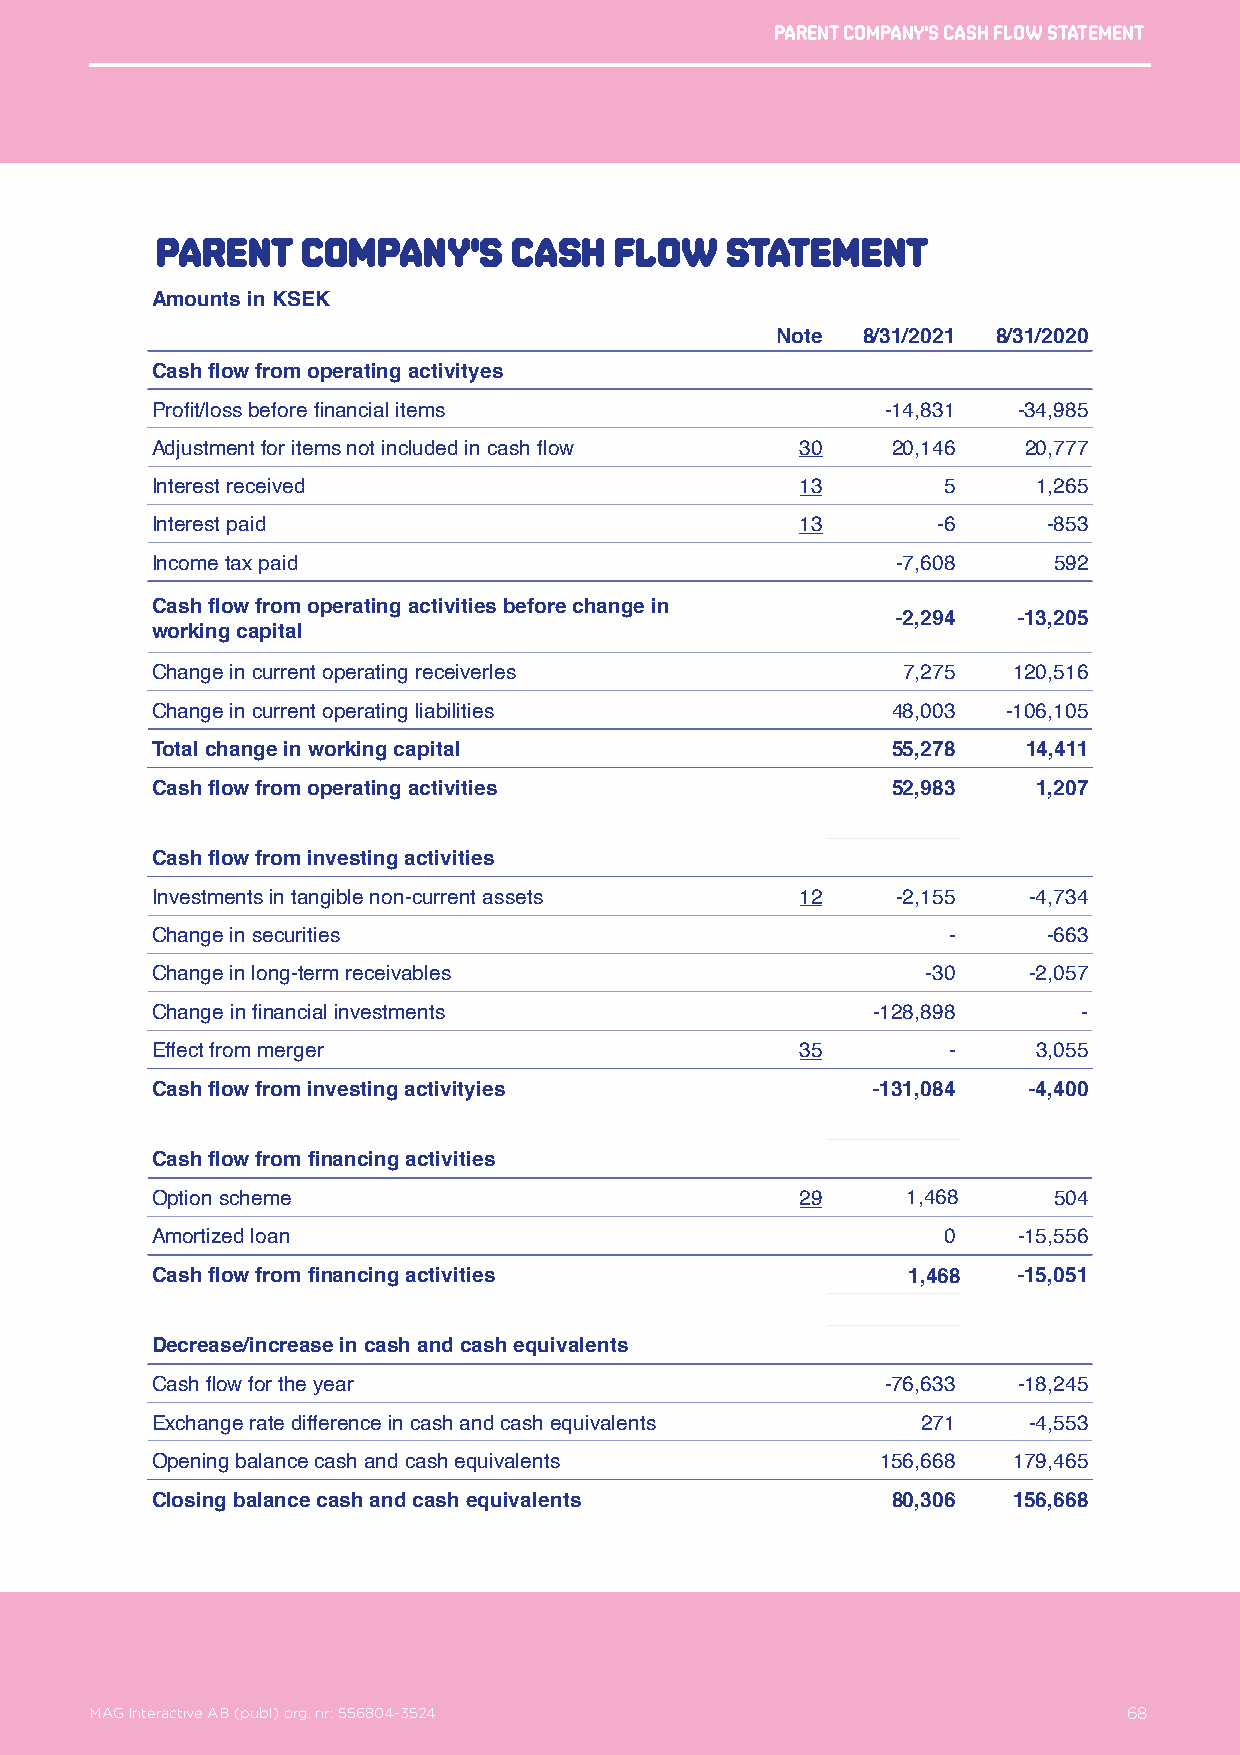
Parent company's cash flow statement
 Parent    company's     cash   flow   statement
 Amounts in KSEK
 Note  8/31/2021 8/31/2020
 Cash flow from operating activityes
 Profit/loss before financial items               -14,831 -34,985
 Adjustment for items not included in cash flow 30 20,146  20,777
 Interest received                          13       5      1,265
 Interest paid                              13       -6     -853
 Income tax paid                                  -7,608     592
 Cash flow from operating activities before change in
 -2,294  -13,205
 working capital
 Change in current operating receiverles           7,275  120,516
 Change in current operating liabilities          48,003  -106,105
 Total change in working capital                  55,278   14,411
 Cash flow from operating activities              52,983    1,207
 Cash flow from investing activities
 Investments in tangible non-current assets 12    -2,155   -4,734
 Change in securities                                 -     -663
 Change in long-term receivables                    -30    -2,057
 Change in financial investments                 -128,898      -
 Effect from merger                         35        -     3,055
 Cash flow from investing activityies            -131,084  -4,400
 Cash flow from financing activities
 Option scheme                              29     1,468     504
 Amortized loan                                      0    -15,556
 Cash flow from financing activities               1,468  -15,051
 Decrease/increase in cash and cash equivalents
 Cash flow for the year                           -76,633 -18,245
 Exchange rate difference in cash and cash equivalents 271 -4,553
 Opening balance cash and cash equivalents       156,668  179,465
 Closing balance cash and cash equivalents        80,306  156,668
 MAG Interactive AB (publ) org. nr: 556804-3524                   68
 MAG Interactive AB (publ) org. nr: 556804-3524                       68